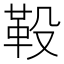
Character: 䩔